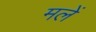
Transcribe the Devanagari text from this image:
मलें